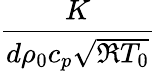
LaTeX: \frac{K}{d\rho_{0}c_{p}\sqrt{\mathfrak{R}T_{0}}}